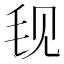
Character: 𬆾